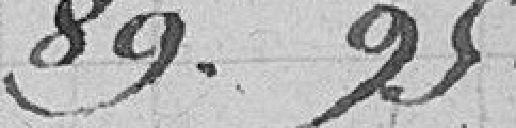
89.25